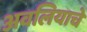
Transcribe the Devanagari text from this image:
अवलियाचे